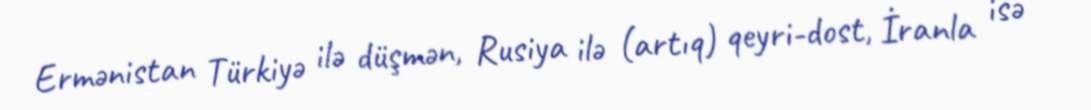
Ermənistan Türkiyə ilə düşmən, Rusiya ilə (artıq) qeyri-dost, İranla isə